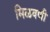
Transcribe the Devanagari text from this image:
मिळवणी